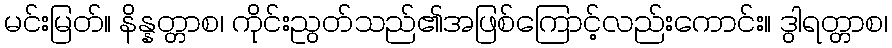
မင်းမြတ်။ နိန္နတ္တာစ၊ ကိုင်းညွတ်သည်၏အဖြစ်ကြောင့်လည်းကောင်း။ ဒွါရတ္တာစ၊